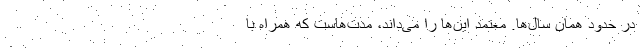
در حدود همان سال‌ها. معتمد این‌ها را می‌داند، مدت‌هاست که همراه با